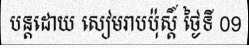
បន្តដោយ សៀមរាបប៉ុស្តិ៍ ថ្ងៃទី 09